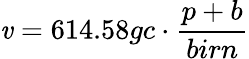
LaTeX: \mathit{v}=614.58gc\cdot{\frac{{p+b}}{{birn}}}